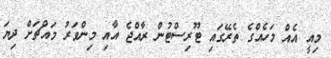
މިއީ އެއް މަހެއްގެ ތެރޭގައި ޓޫރިސްޓުން ރާއްޖެ އާއި މިންވަރު މައްޗަށް ދިޔަ